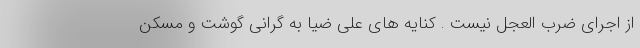
از اجرای ضرب العجل نیست . کنایه های علی ضیا به گرانی گوشت و مسکن